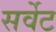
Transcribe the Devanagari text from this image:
सर्वेट